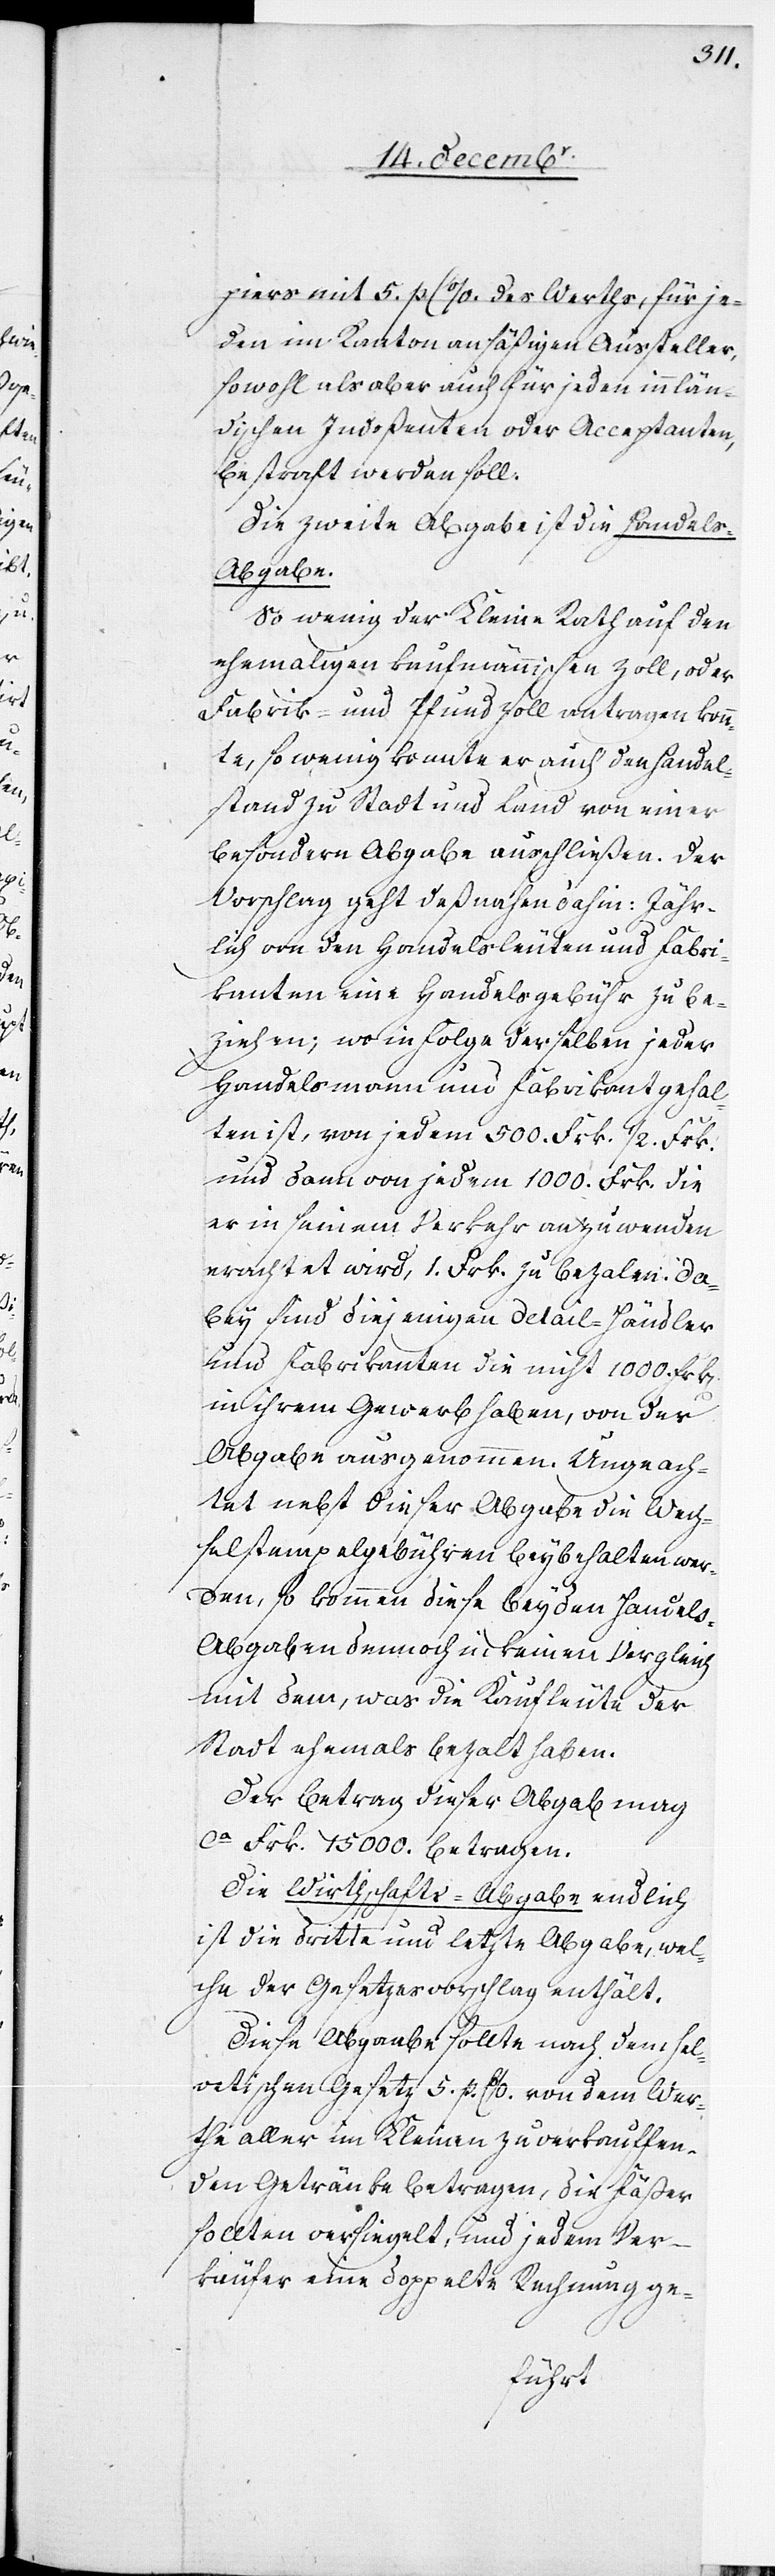
piers mit 5. p C %. des Werths, für je¬
den im Kanton ansäßigen Aussteller,
sowohl als aber auch für jeden innlän¬
dischen Indoßenten oder Acceptanten
bestraft werden soll.
Die zweite Abgabe ist die Handels-A¬
bgabe.
So wenig der Kleine Rath auf den
ehemahligen kaufmännischen Zoll, oder
Fabrik- und Pfundzoll antragen konn¬
te, so wenig konnte er auch den Hande¬
l[s]stand zu Stadt und Land von einer
besondern Abgabe ausschließen. Der
Vorschlag geht deßnahen dahin: Jähr¬
lich von den Handelsleuten und Fabri¬
kanten eine Handelsgebühr zu be¬
ziehen; wo in Folge derselben jeder
Handelsmann und Fabrikant gehal¬
ten ist, von jedem 500. Frk. 1/2. Frk.
und dann von jedem 1000. Frk. die
er in seinem Verkehr anzuwenden
erachtet wird, 1. Frk. zu bezalen. Da¬
bey sind diejenigen Detail-Händler
und Fabrikanten die nicht 1000.
in ihrem Gewerb haben, von der
Abgabe ausgenommen. Ungeach¬
tet nebst dieser Abgabe die Wech¬
selstempelgebühren beybehalten wer¬
den, so kommen diese beyden Handels-A¬
bgaben dennoch in keinen Vergleich
mit dem, was die Kaufleute der
Stadt ehemals bezalt haben.
Der Betrag dieser Abgab mag
ca Frk. 15 000 betragen.
Die Wirthschafts-Abgabe endlich
ist die dritte und letzte Abgabe, wel¬
che der Gesetzesvorschlag enthält.
Diese Abgabe sollte nach dem hel¬
vetischen Gesetz 5. p. C %. von dem Wer¬
the aller im Kleinen zu verkauffen¬
den Getränke betragen, die Fäßer
sollten versiegelt, und jedem Ver¬
käufer eine doppelte Rechnung ge-